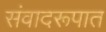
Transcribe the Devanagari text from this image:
संवादरूपात